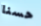
حسنا